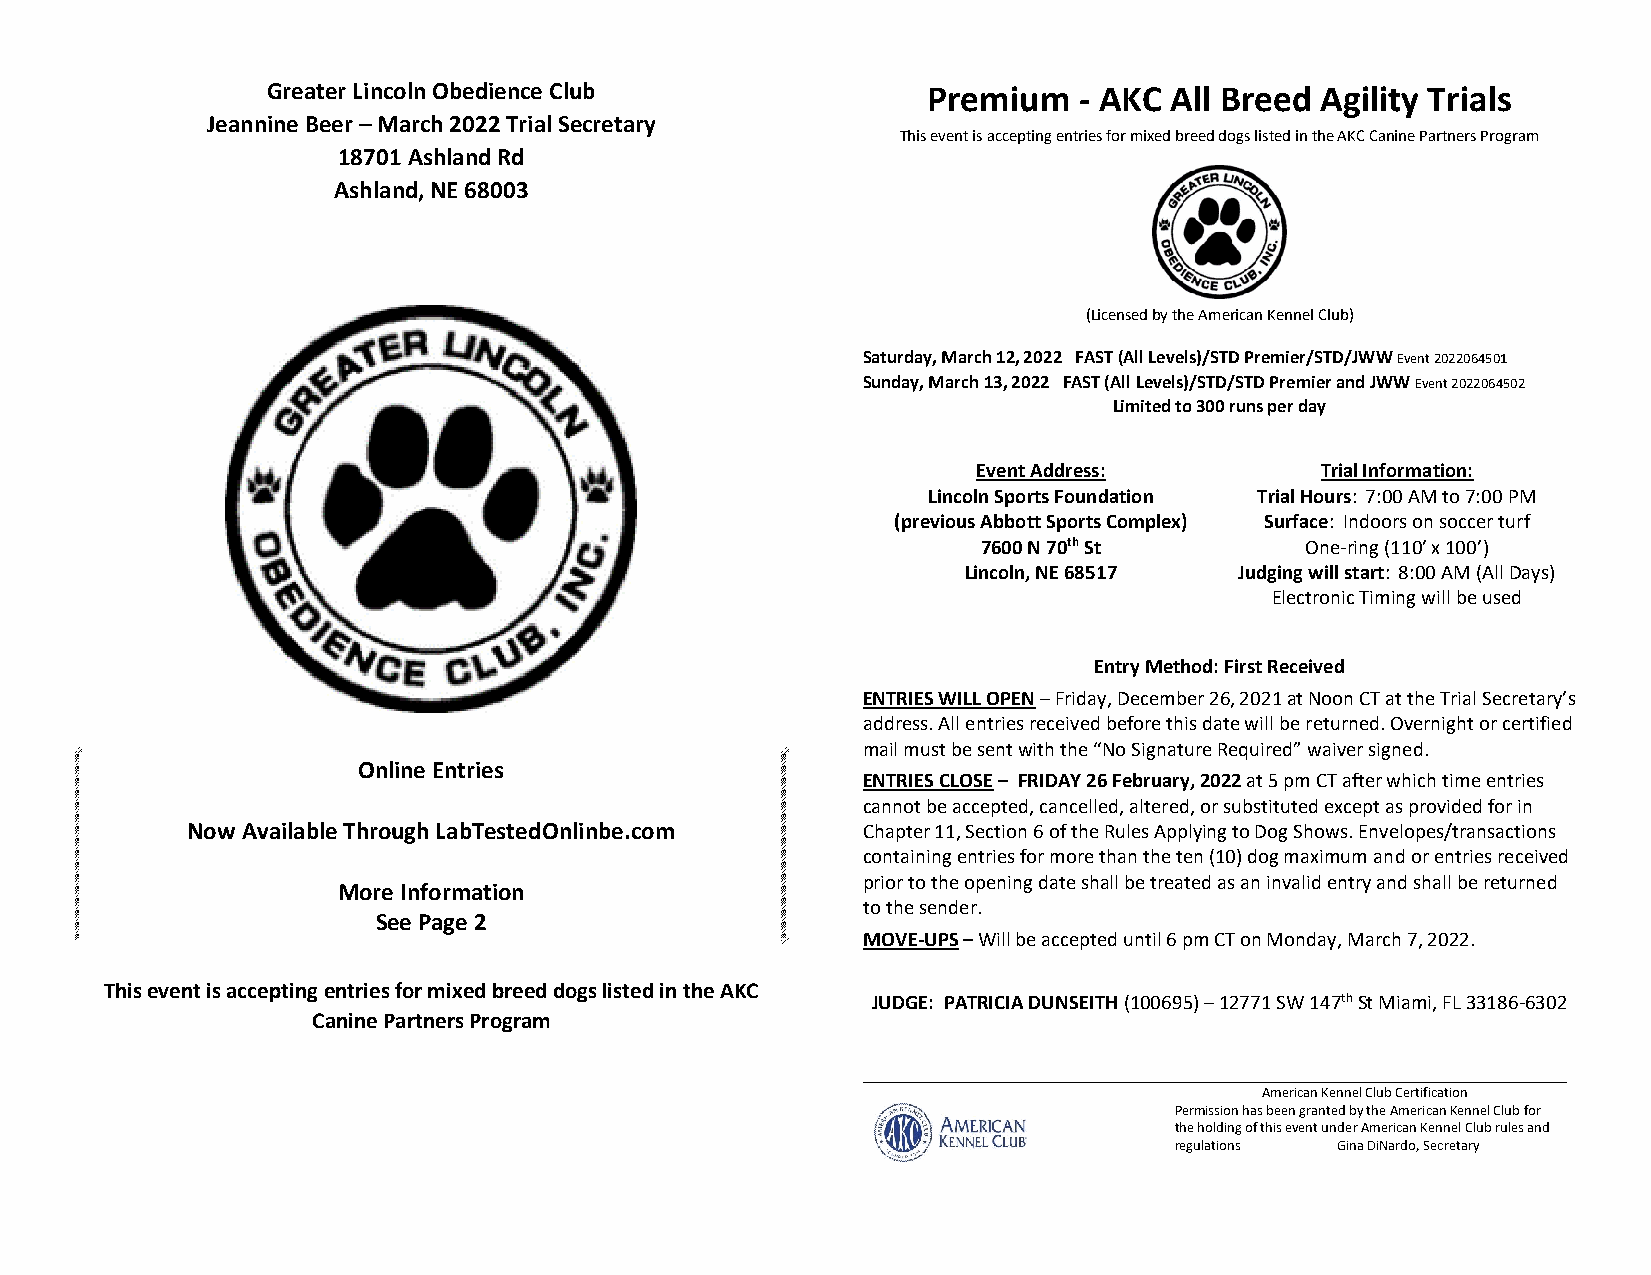
Greater Lincoln Obedience Club             Premium   - AKC All Breed Agility Trials
 Jeannine Beer – March 2022 Trial Secretary
 This event is accepting entries for mixed breed dogs listed in the AKC Canine Partners Program
 18701 Ashland Rd
 Ashland, NE 68003
 (Licensed by the American Kennel Club)
 Saturday, March 12, 2022 FAST (All Levels)/STD Premier/STD/JWW Event 2022064501
 Sunday, March 13, 2022 FAST (All Levels)/STD/STD Premier and JWW Event 2022064502
 Limited to 300 runs per day
 Event Address:        Trial Information:
 Lincoln Sports Foundation Trial Hours: 7:00 AM to 7:00 PM
 (previous Abbott Sports Complex) Surface: Indoors on soccer turf
 7600 N 70th St       One-ring (110’ x 100’)
 Lincoln, NE 68517 Judging will start: 8:00 AM (All Days)
 Electronic Timing will be used
 Entry Method: First Received
 ENTRIES WILL OPEN – Friday, December 26, 2021 at Noon CT at the Trial Secretary’s
 address. All entries received before this date will be returned. Overnight or certified
 mail must be sent with the “No Signature Required” waiver signed.
 Online Entries
 ENTRIES CLOSE – FRIDAY 26 February, 2022 at 5 pm CT after which time entries
 cannot be accepted, cancelled, altered, or substituted except as provided for in
 Now Available Through LabTestedOnlinbe.com   Chapter 11, Section 6 of the Rules Applying to Dog Shows. Envelopes/transactions
 containing entries for more than the ten (10) dog maximum and or entries received
 prior to the opening date shall be treated as an invalid entry and shall be returned
 More Information
 to the sender.
 See Page 2
 MOVE-UPS – Will be accepted until 6 pm CT on Monday, March 7, 2022.
 This event is accepting entries for mixed breed dogs listed in the AKC
 JUDGE: PATRICIA DUNSEITH (100695) – 12771 SW 147th St Miami, FL 33186-6302
 Canine Partners Program
 American Kennel Club Certification
 Permission has been granted by the American Kennel Club for
 the holding of this event under American Kennel Club rules and
 regulations Gina DiNardo, Secretary